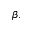
\beta .